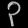
Digit: ၃